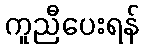
ကူညီပေးရန်